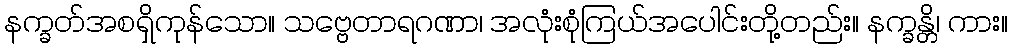
နက္ခတ်အစရှိကုန်သော။ သဗ္ဗေတာရဂဏာ၊ အလုံးစုံကြယ်အပေါင်းတို့တည်း။ နက္ခန္တိ၊ ကား။